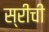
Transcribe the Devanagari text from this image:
स्रीची